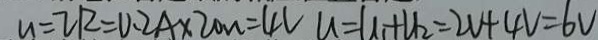
U = I R = 0 . 2 A \times 2 0 N = 4 V U = U _ { 1 } + U _ { 2 } = 2 V + 4 V = 6 V